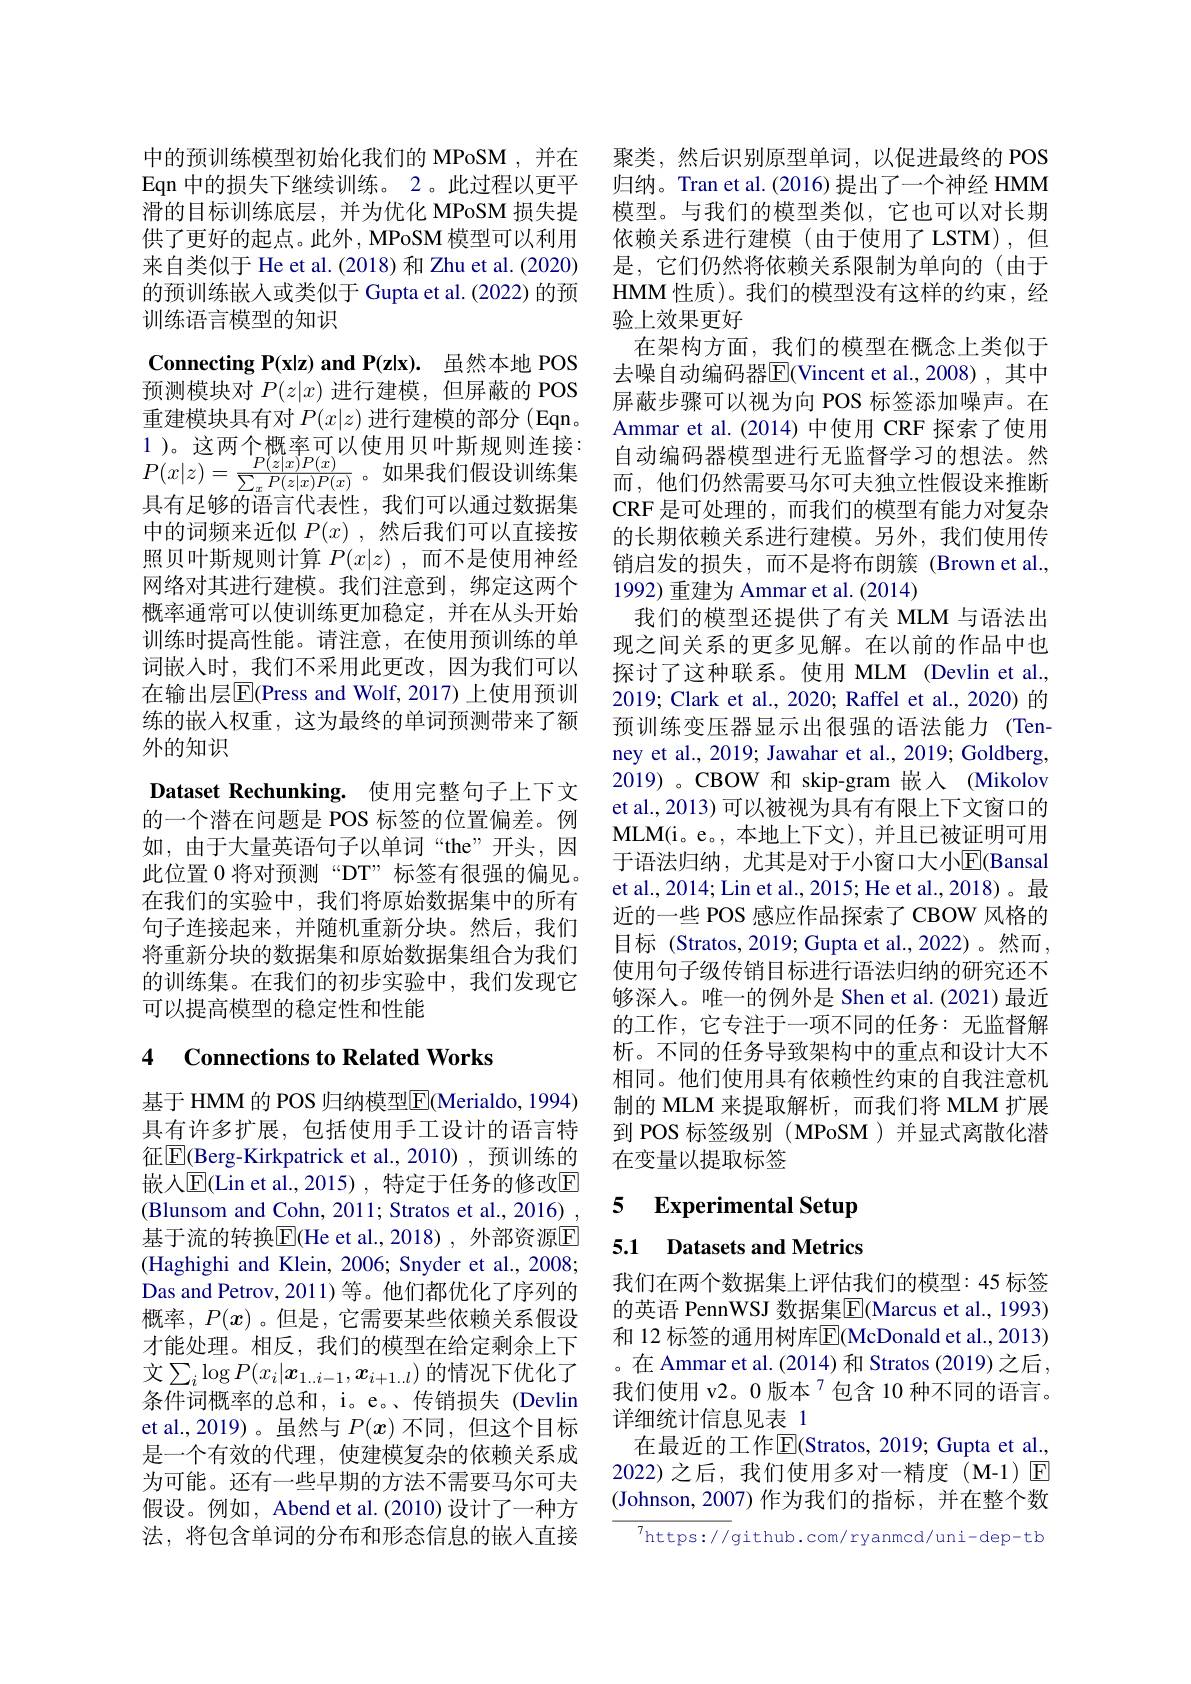
中的预训练模型初始化我们的 MPoSM ,并在Eqn 中的损失下继续训练。2。此过程以更平滑的目标训练底层，并为优化 MPoSM 损失提供了更好的起点。此外，MPoSM 模型可以利用来自类似于 He et al.(2018) 和 Zhu et al.(2020) 的预训练嵌入或类似于 Gupta et al. (2022) 的预训练语言模型的知识

$\mathbf{Connecting~P( x| z) ~and~P( z| x) . \:}$虽然本地 POS 预测模块对$P(z|x)$进行建模，但屏蔽的 POS

重建模块具有对$P(x|z)$进行建模的部分 (Eqn。1)。这两个概率可以使用贝叶斯规则连接： $P(x|z)=\frac{P(z|x)P(x)}{\sum_{x}P(z|x)P(x)}$。如果我们假设训练集$\\$目在日的故女一小子以下的一个分析为具有足够的语言代表性，我们可以通过数据集中的词频来近似$P(x)$ ,然后我们可以直接按照贝叶斯规则计算$P(x|z)$ ,而不是使用神经网络对其进行建模。我们注意到，绑定这两个概率通常可以使训练更加稳定，并在从头开始训练时提高性能。请注意，在使用预训练的单词嵌入时，我们不采用此更改，因为我们可以在输出层E(Press and Wolf, 2017) 上使用预训练的嵌入权重，这为最终的单词预测带来了额外的知识
Dataset Rechunking. 使用完整句子上下文的一个潜在问题是 POS 标签的位置偏差。例如，由于大量英语句子以单词“the”开头，因此位置 0 将对预测“DT” 标签有很强的偏见。在我们的实验中，我们将原始数据集中的所有句子连接起来，并随机重新分块。然后，我们将重新分块的数据集和原始数据集组合为我们的训练集。在我们的初步实验中，我们发现它可以提高模型的稳定性和性能

## 4 Connections to Related Works

基于 HMM 的 POS 归纳模型$\overline{\mathrm{E}}($Merialdo, 1994) 具有许多扩展，包括使用手工设计的语言特征$\boxed{\mathrm{E}}($Berg-Kirkpatrick et al.,2010) ,预训练的嵌入$\overline{\mathrm{E}}($Lin et al.,2015), 特定于任务的修改$\overline{\mathrm{E}}$ (Blunsom and Cohn, 2011; Stratos et al., 2016) , 基于流的转换$\overline{\mathrm{E}}$(He et al., 2018) , 外部资源$\overline{\mathrm{E}}$ (Haghighi and Klein, 2006; Snyder et al., 2008; Das and Petrov, 2011) 等。他们都优化了序列的概率，$P(x)$。但是，它需要某些依赖关系假设才能处理。相反，我们的模型在给定剩余上下文$\sum_i\log P(x_i|\boldsymbol{x}_{1..i-1},\boldsymbol{x}_{i+1..l})$ 的情况下优化了条件词概率的总和，i。e。、传销损失(Devlin et al.,2019)。虽然与$P(x)$不同，但这个目标是一个有效的代理，使建模复杂的依赖关系成为可能。还有一些早期的方法不需要马尔可夫假设。例如，Abend et al.(2010) 设计了一种方法，将包含单词的分布和形态信息的嵌入直接

聚类，然后识别原型单词，以促进最终的 POS 归纳。Tran et al. (2016) 提出了一个神经 HMM 模型。与我们的模型类似，它也可以对长期依赖关系进行建模(由于使用了LSTM),但是，它们仍然将依赖关系限制为单向的(由于HMM 性质)。我们的模型没有这样的约束，经验上效果更好
在架构方面，我们的模型在概念上类似于去噪自动编码器$\overline{\mathrm{E}}$(Vincent et al.,2008),其中屏蔽步骤可以视为向 POS 标签添加噪声。在Ammar et al.(2014)中使用 CRF 探索了使用自动编码器模型进行无监督学习的想法。然而，他们仍然需要马尔可夫独立性假设来推断CRF 是可处理的，而我们的模型有能力对复杂的长期依赖关系进行建模。另外，我们使用传销启发的损失，而不是将布朗簇(Brown et al., 1992) 重建为 Ammar et al. (2014)
我们的模型还提供了有关 MLM 与语法出现之间关系的更多见解。在以前的作品中也探讨了这种联系。使用 MLM (Devlin et al., 2019; Clark et al., 2020; Raffel et al., 2020) 的预训练变压器显示出很强的语法能力(Tenney et al., 2019; Jawahar et al., 2019; Goldberg, 2019)。CBOW 和 skip-gram 嵌入 (Mikolov et al., 2013) 可以被视为具有有限上下文窗口的MLM(i。e。, 本地上下文), 并且已被证明可用于语法归纳，尤其是对于小窗口大小$\overline{\mathrm{E}}($Bansal et al., 2014; Lin et al., 2015; He et al., 2018)。最近的一些 POS 感应作品探索了 CBOW 风格的目标 (Stratos, 2019; Gupta et al., 2022)。然而， 使用句子级传销目标进行语法归纳的研究还不够深人。唯一的例外是 Shen et al.(2021)最近的工作，它专注于一项不同的任务：无监督解析。不同的任务导致架构中的重点和设计大不相同。他们使用具有依赖性约束的自我注意机制的 MLM 来提取解析，而我们将 MLM 扩展到 POS 标签级别 ( MPoSM )并显式离散化潜在变量以提取标签

### 5 $\textbf{Experimental Setup}$

5.1 Datasets and Metrics

我们在两个数据集上评估我们的模型：45 标签的英语 PennWSJ 数据集$\overline{\mathrm{E}}($Marcus et al., 1993) 和 12 标签的通用树库$\overline{\mathrm{E}}($McDonald et al., 2013) 。在 Ammar et al. (2014) 和 Stratos (2019) 之后， 我们使用 v2。0 版本$^{7}$包含 10 种不同的语言。详细统计信息见表 1
在最近的工作$\overline{\mathrm{E}}($Stratos, 2019; Gupta et al. 2022)之后，我们使用多对一精度(M-1)▣ (Johnson,2007)作为我们的指标，并在整个数

$^{7}$https:// github. com/ ryanmcd/ uni- dep- t k